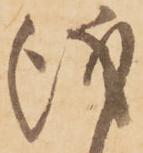
儀